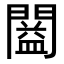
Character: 𨶂